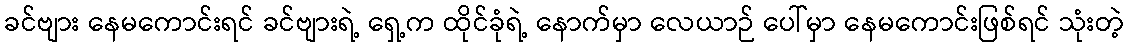
ခင်ဗျား နေမကောင်းရင် ခင်ဗျားရဲ့ ရှေ့က ထိုင်ခုံရဲ့ နောက်မှာ လေယာဉ် ပေါ်မှာ နေမကောင်းဖြစ်ရင် သုံးတဲ့